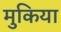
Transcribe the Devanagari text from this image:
मुकिया